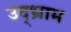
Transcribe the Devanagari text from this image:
उद्भ्राम